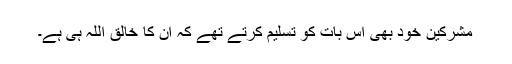
مشرکین خود بھی اس بات کو تسلیم کرتے تھے کہ ان کا خالق اللہ ہی ہے۔